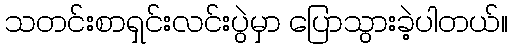
သတင်းစာရှင်းလင်းပွဲမှာ ပြောသွားခဲ့ပါတယ်။